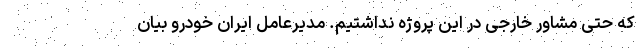
که حتی مشاور خارجی در این پروژه نداشتیم. مدیرعامل ایران خودرو بیان